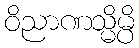
ဝိညာဏသ္မိမ္ပိ